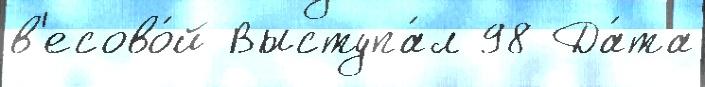
в'есово́й Выступа́л 98 Да́та